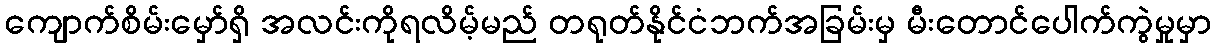
ကျောက်စိမ်းမှော်ရှိ အလင်းကိုရလိမ့်မည် တရုတ်နိုင်ငံဘက်အခြမ်းမှ မီးတောင်ပေါက်ကွဲမှုမှာ